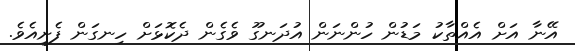
އޭނާ އަށް އެއްތާކު މަޑުން ހުންނަން އުދަނގޫ ވެގެން ދެކޮޅަށް ހިނގަން ފެށިއެވެ.